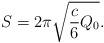
LaTeX: \begin{align*}S = 2 \pi \sqrt{\frac{c}{6} Q_{0}}.\end{align*}